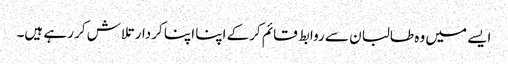
ایسے میں وہ طالبان سے روابط قائم کرکے اپنا اپنا کردار تلاش کر رہے ہیں۔